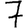
Digit: 7